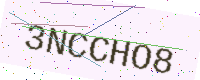
Text: 3NCCHO8